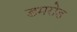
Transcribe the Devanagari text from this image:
डमरोड